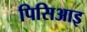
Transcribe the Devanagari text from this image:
पिसिआइ